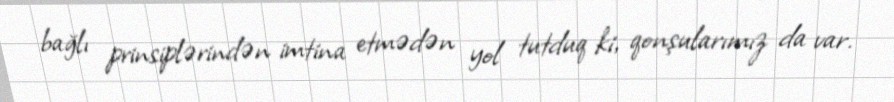
bağlı prinsiplərindən imtina etmədən yol tutduq ki, qonşularımız da var.